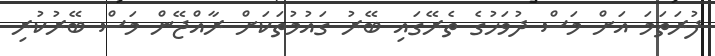
ފުރަތަމަ އަށް މަސް ދުވަހުގެ ތެރޭގައި ބޭރު ގައުމުތަކަށް ރާއްޖޭން މަސް ބޭރުކުރި